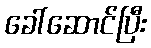
ခေါ်ဆောင်ပြီး